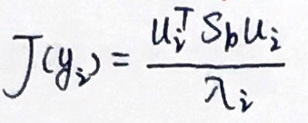
$J(y_i) = \frac{u_i^T S_b u_i}{n_i}$